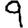
Digit: 9